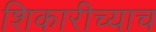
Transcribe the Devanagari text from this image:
शिकारीच्याच